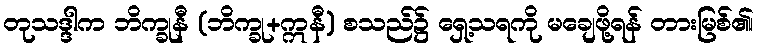
တုသဒ္ဒါက ဘိက္ခုနီ (ဘိက္ခု+ဣနီ) စသည်၌ ရှေ့သရကို မချေဖို့ရန် တားမြစ်၏၊